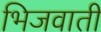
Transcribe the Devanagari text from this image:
भिजवाती